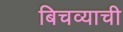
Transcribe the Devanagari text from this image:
बिचव्याची